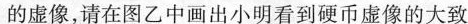
的虚像，请在图乙中画出小明看到硬币虚像的大致